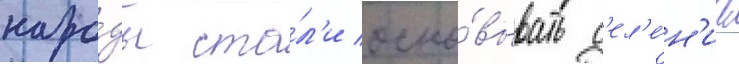
наро́ды ста́л'и осно́вывать с'ел'е́н'иа